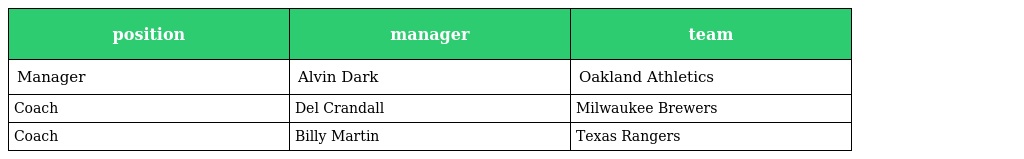
| position | manager | team |
 | --- | --- | --- |
 | Manager | Alvin Dark | Oakland Athletics |
 | Coach | Del Crandall | Milwaukee Brewers |
 | Coach | Billy Martin | Texas Rangers |